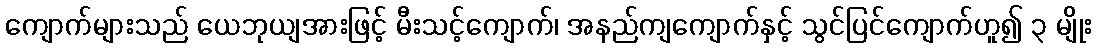
ကျောက်များသည် ယေဘုယျအားဖြင့် မီးသင့်ကျောက်၊ အနည်ကျကျောက်နှင့် သွင်ပြင်ကျောက်ဟူ၍ ၃ မျိုး